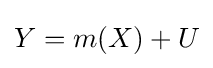
Y=m(X)+U